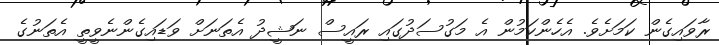
ރާވައިގެން ކަމަށެވެ. އެހެންކަމުން އެ މަގުސަދުގައި ރައީސް ނަޝީދު އެތަނަށް ވަޑައިގެންނެވީތީ އެތަނުގެ